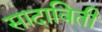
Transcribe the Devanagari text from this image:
सादाविती